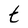
Character: t